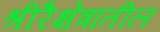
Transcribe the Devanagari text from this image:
श्रीरैक्षेत्रातील